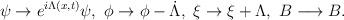
LaTeX: \begin{align*}\psi\rightarrow e^{i\Lambda(x,t)}\psi,~\phi\rightarrow \phi-\dot\Lambda,~\xi\rightarrow \xi+\Lambda,~B\longrightarrow B.\end{align*}